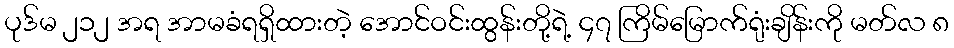
ပုဒ်မ ၂၁၂ အရ အာမခံရရှိထားတဲ့ အောင်ဝင်းထွန်းတို့ရဲ့ ၄၇ ကြိမ်မြောက်ရုံးချိန်းကို မတ်လ ၈